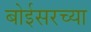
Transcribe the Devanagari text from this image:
बोईसरच्या